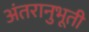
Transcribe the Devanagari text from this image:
अंतरानुभूती